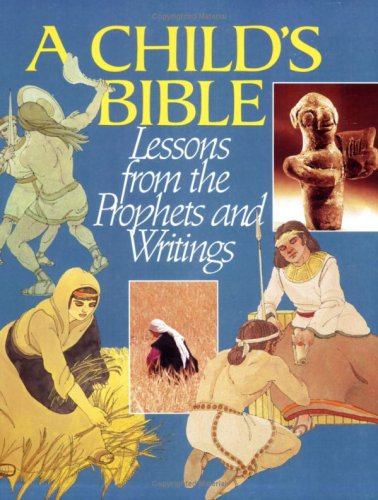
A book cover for Child's Bible: Lessons from the Prophets and Writings; Semor Rossel; Children's Books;